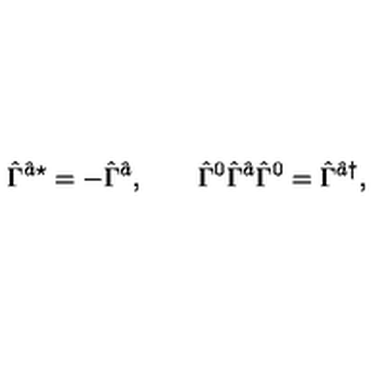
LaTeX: \hat { \Gamma } { } ^ { \hat { a } \star } = - \hat { \Gamma } { } ^ { \hat { a } } , \qquad \hat { \Gamma } { } ^ { 0 } \hat { \Gamma } { } ^ { \hat { a } } \hat { \Gamma } { } ^ { 0 } = \hat { \Gamma } { } ^ { \hat { a } \dagger } ,